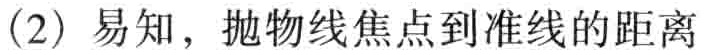
（2）易知，抛物线焦点到准线的距离